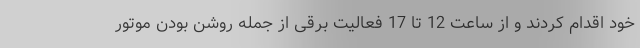
خود اقدام کردند و از ساعت 12 تا 17 فعالیت برقی از جمله روشن بودن موتور